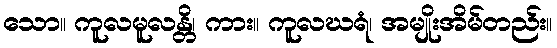
သော။ ကူလမူလန္တိ၊ ကား။ ကူလဃရံ၊ အမျိုးအိမ်တည်း။